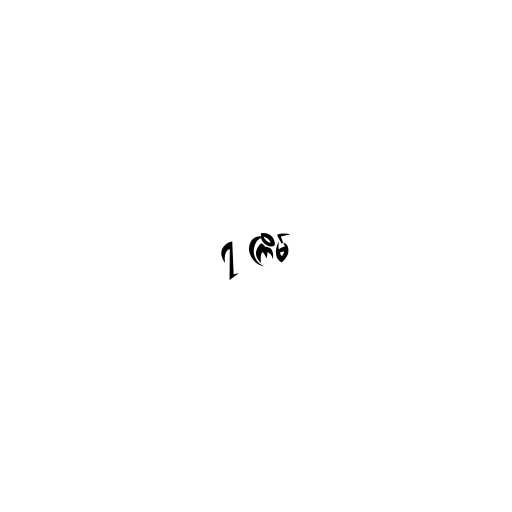
၇ ကြိမ်